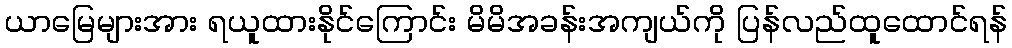
ယာမြေများအား ရယူထားနိုင်ကြောင်း မိမိအခန်းအကျယ်ကို ပြန်လည်ထူထောင်ရန်